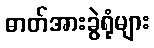
ဓာတ်အားခွဲရုံများ